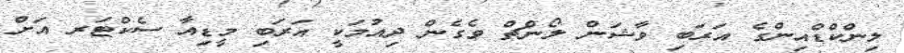
ލިންކްޑްއިންގެ އަރަބި ވާޝަން ލޯންޗް ވެގެން ދިއުމަކީ އަރަބި މީޑިއާ ސެކްޓަރ އަށް